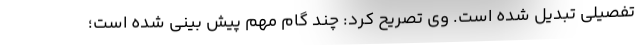
تفصیلی تبدیل شده است. وی تصریح کرد: چند گام مهم پیش بینی شده است؛